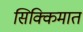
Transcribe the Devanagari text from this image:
सिक्किमात